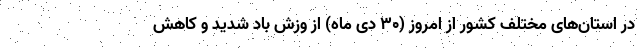
در استان‌های مختلف کشور از امروز (۳۰ دی ماه) از وزش باد شدید و کاهش